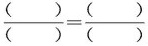
\frac{()}{()}=\frac{()}{()}